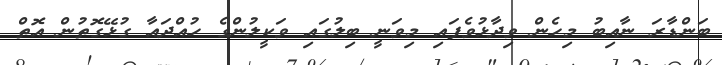
ބަންޑާރަ ނާއިބު މިހެން ވިދާޅުވެފައި މިވަނީ ބިލުގައި ވަކީލުންގެ ހުއްދައާ ގުޅޭގޮތުން އޮތް